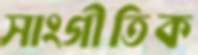
সাংগীতিক